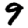
Digit: 9